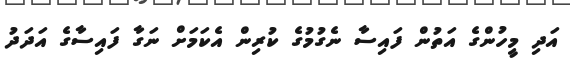
އަދި މީހުންގެ އަތުން ފައިސާ ނެގުމުގެ ކުރިން އެކަމަށް ނަގާ ފައިސާގެ އަަދަދު